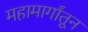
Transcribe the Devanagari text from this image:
महामार्गांतून